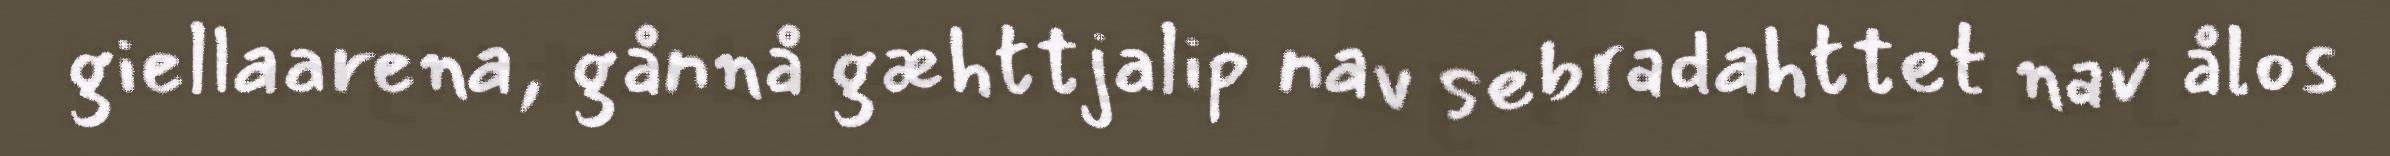
giellaarena, gånnå gæhttjalip nav sebradahttet nav ålos